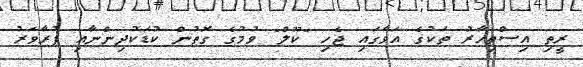
ރީތި އިސްތިހާރު ތަކުގެ އަވާގައި ޖެހި "ކޫލް" ވުމުގެ ގޮތުން ކުޑަކުދިންނާއި ފުރާވަރު